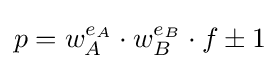
p=w_{A}^{e_{A}}\cdot w_{B}^{e_{B}}\cdot f\pm 1